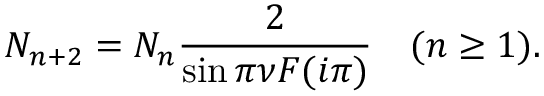
N _ { n + 2 } = N _ { n } \frac { 2 } { \sin \pi \nu F ( i \pi ) } \quad ( n \geq 1 ) .